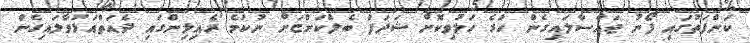
ކަންފަތުގައި ފޯނު ޖައްސާލައިގެން ހުރެ ހަލުވިކޮށް ޝަދަފު ބެލްކަންޏަށް ނުކުމެ ރެއިލިންގައި ދެއަތްއަޅުވާލައިގެން